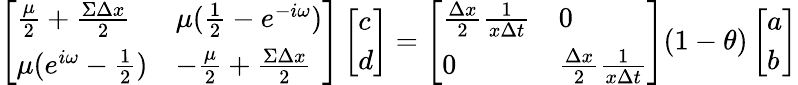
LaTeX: \left[\begin{array}{ll}{\frac{\mu}{2}+\frac{\Sigma\Delta x}{2}}&{\mu(\frac{1}{2}-e^{-i\omega})}\\ {\mu(e^{i\omega}-\frac{1}{2})}&{-\frac{\mu}{2}+\frac{\Sigma\Delta x}{2}}\end{array}\right]\left[\begin{array}{l}{c}\\ {d}\end{array}\right]=\left[\begin{array}{ll}{\frac{\Delta x}{2}\frac{1}{x\Delta t}}&{0}\\ {0}&{\frac{\Delta x}{2}\frac{1}{x\Delta t}}\end{array}\right](1-\theta)\left[\begin{array}{l}{a}\\ {b}\end{array}\right]